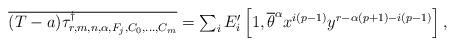
LaTeX: \begin{align*}\textstyle \overline{(T - a) \smash{\tau_{r,m,n,\alpha,F_j,C_0,\ldots,C_{m}}^{\dagger}}} & \textstyle = \sum_i E_i' \left[1,\overline \theta^\alpha x^{i(p-1)}y^{r-\alpha(p+1)-i(p-1)}\right],\end{align*}